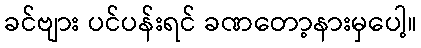
ခင်ဗျား ပင်ပန်းရင် ခဏတော့နားမှပေါ့။